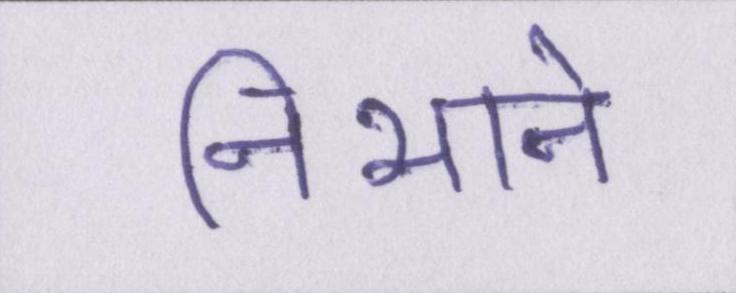
निभाने